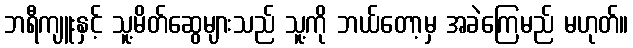
ဘရီကျူးနှင့် သူ့မိတ်ဆွေများသည် သူ့ကို ဘယ်တော့မှ အခဲကြေမည် မဟုတ်။